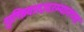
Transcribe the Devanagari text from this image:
युक्तिवादादरम्यानच्या